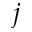
\boldsymbol { j }